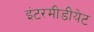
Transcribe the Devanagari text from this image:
इंटरमीडीयेट